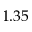
1 . 3 5